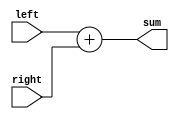
`timescale 1ns/1ns
module Adder(
  left,
  right,
  sum
);
  parameter size = 32;

  input [size-1 : 0] left, right;
  output [size-1 : 0] sum;

  assign sum = left + right;

endmodule